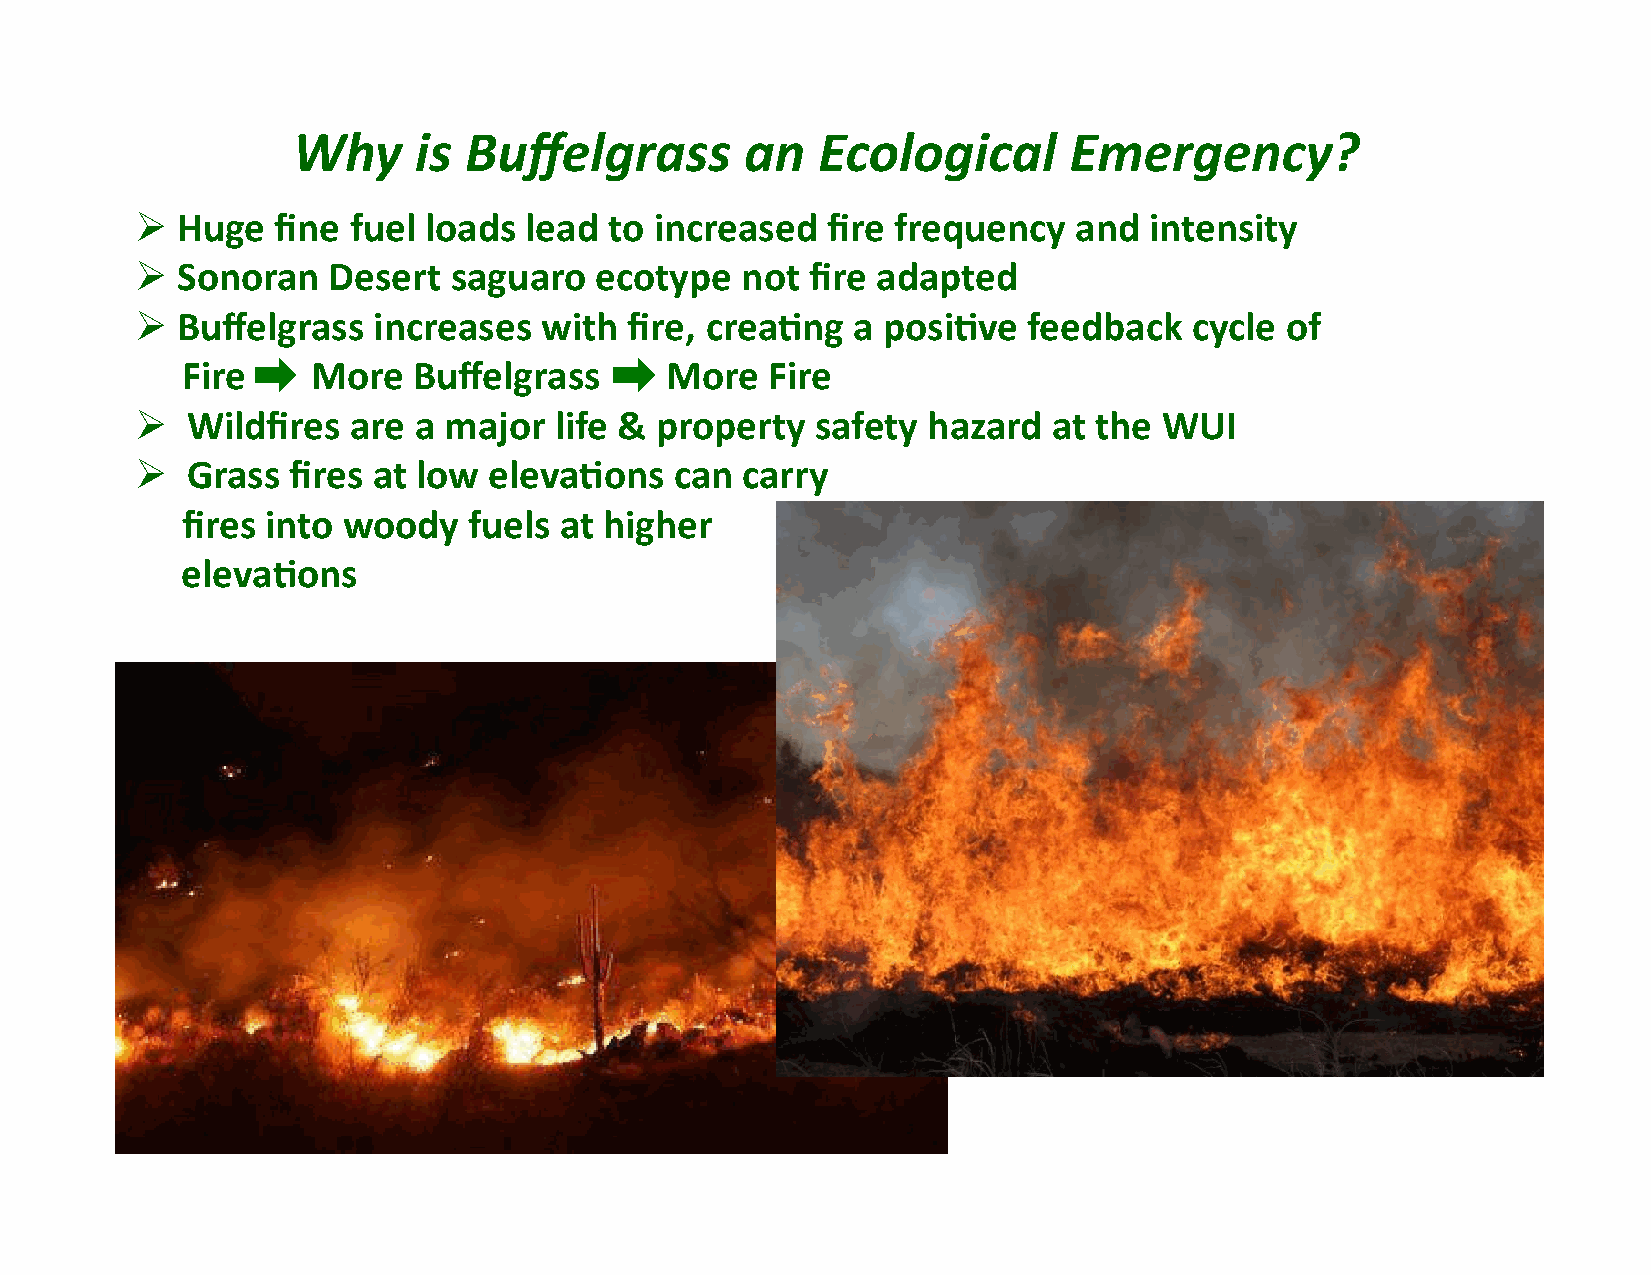
Why     is  Buffelgrass       an   Ecological       Emergency?
 !  Huge  fine fuel loads  lead to increased   fire frequency  and  intensity
 !  Sonoran   Desert  saguaro  ecotype   not  fire adapted
 !  Buffelgrass  increases  with  fire, crea)ng a posi)ve   feedback   cycle of
 Fire     More  Buffelgrass      More   Fire
 !  Wildfires  are a major   life & property  safety hazard   at the WUI
 !  Grass  fires at low eleva)ons    can carry
 fires into woody   fuels at higher
 eleva)ons